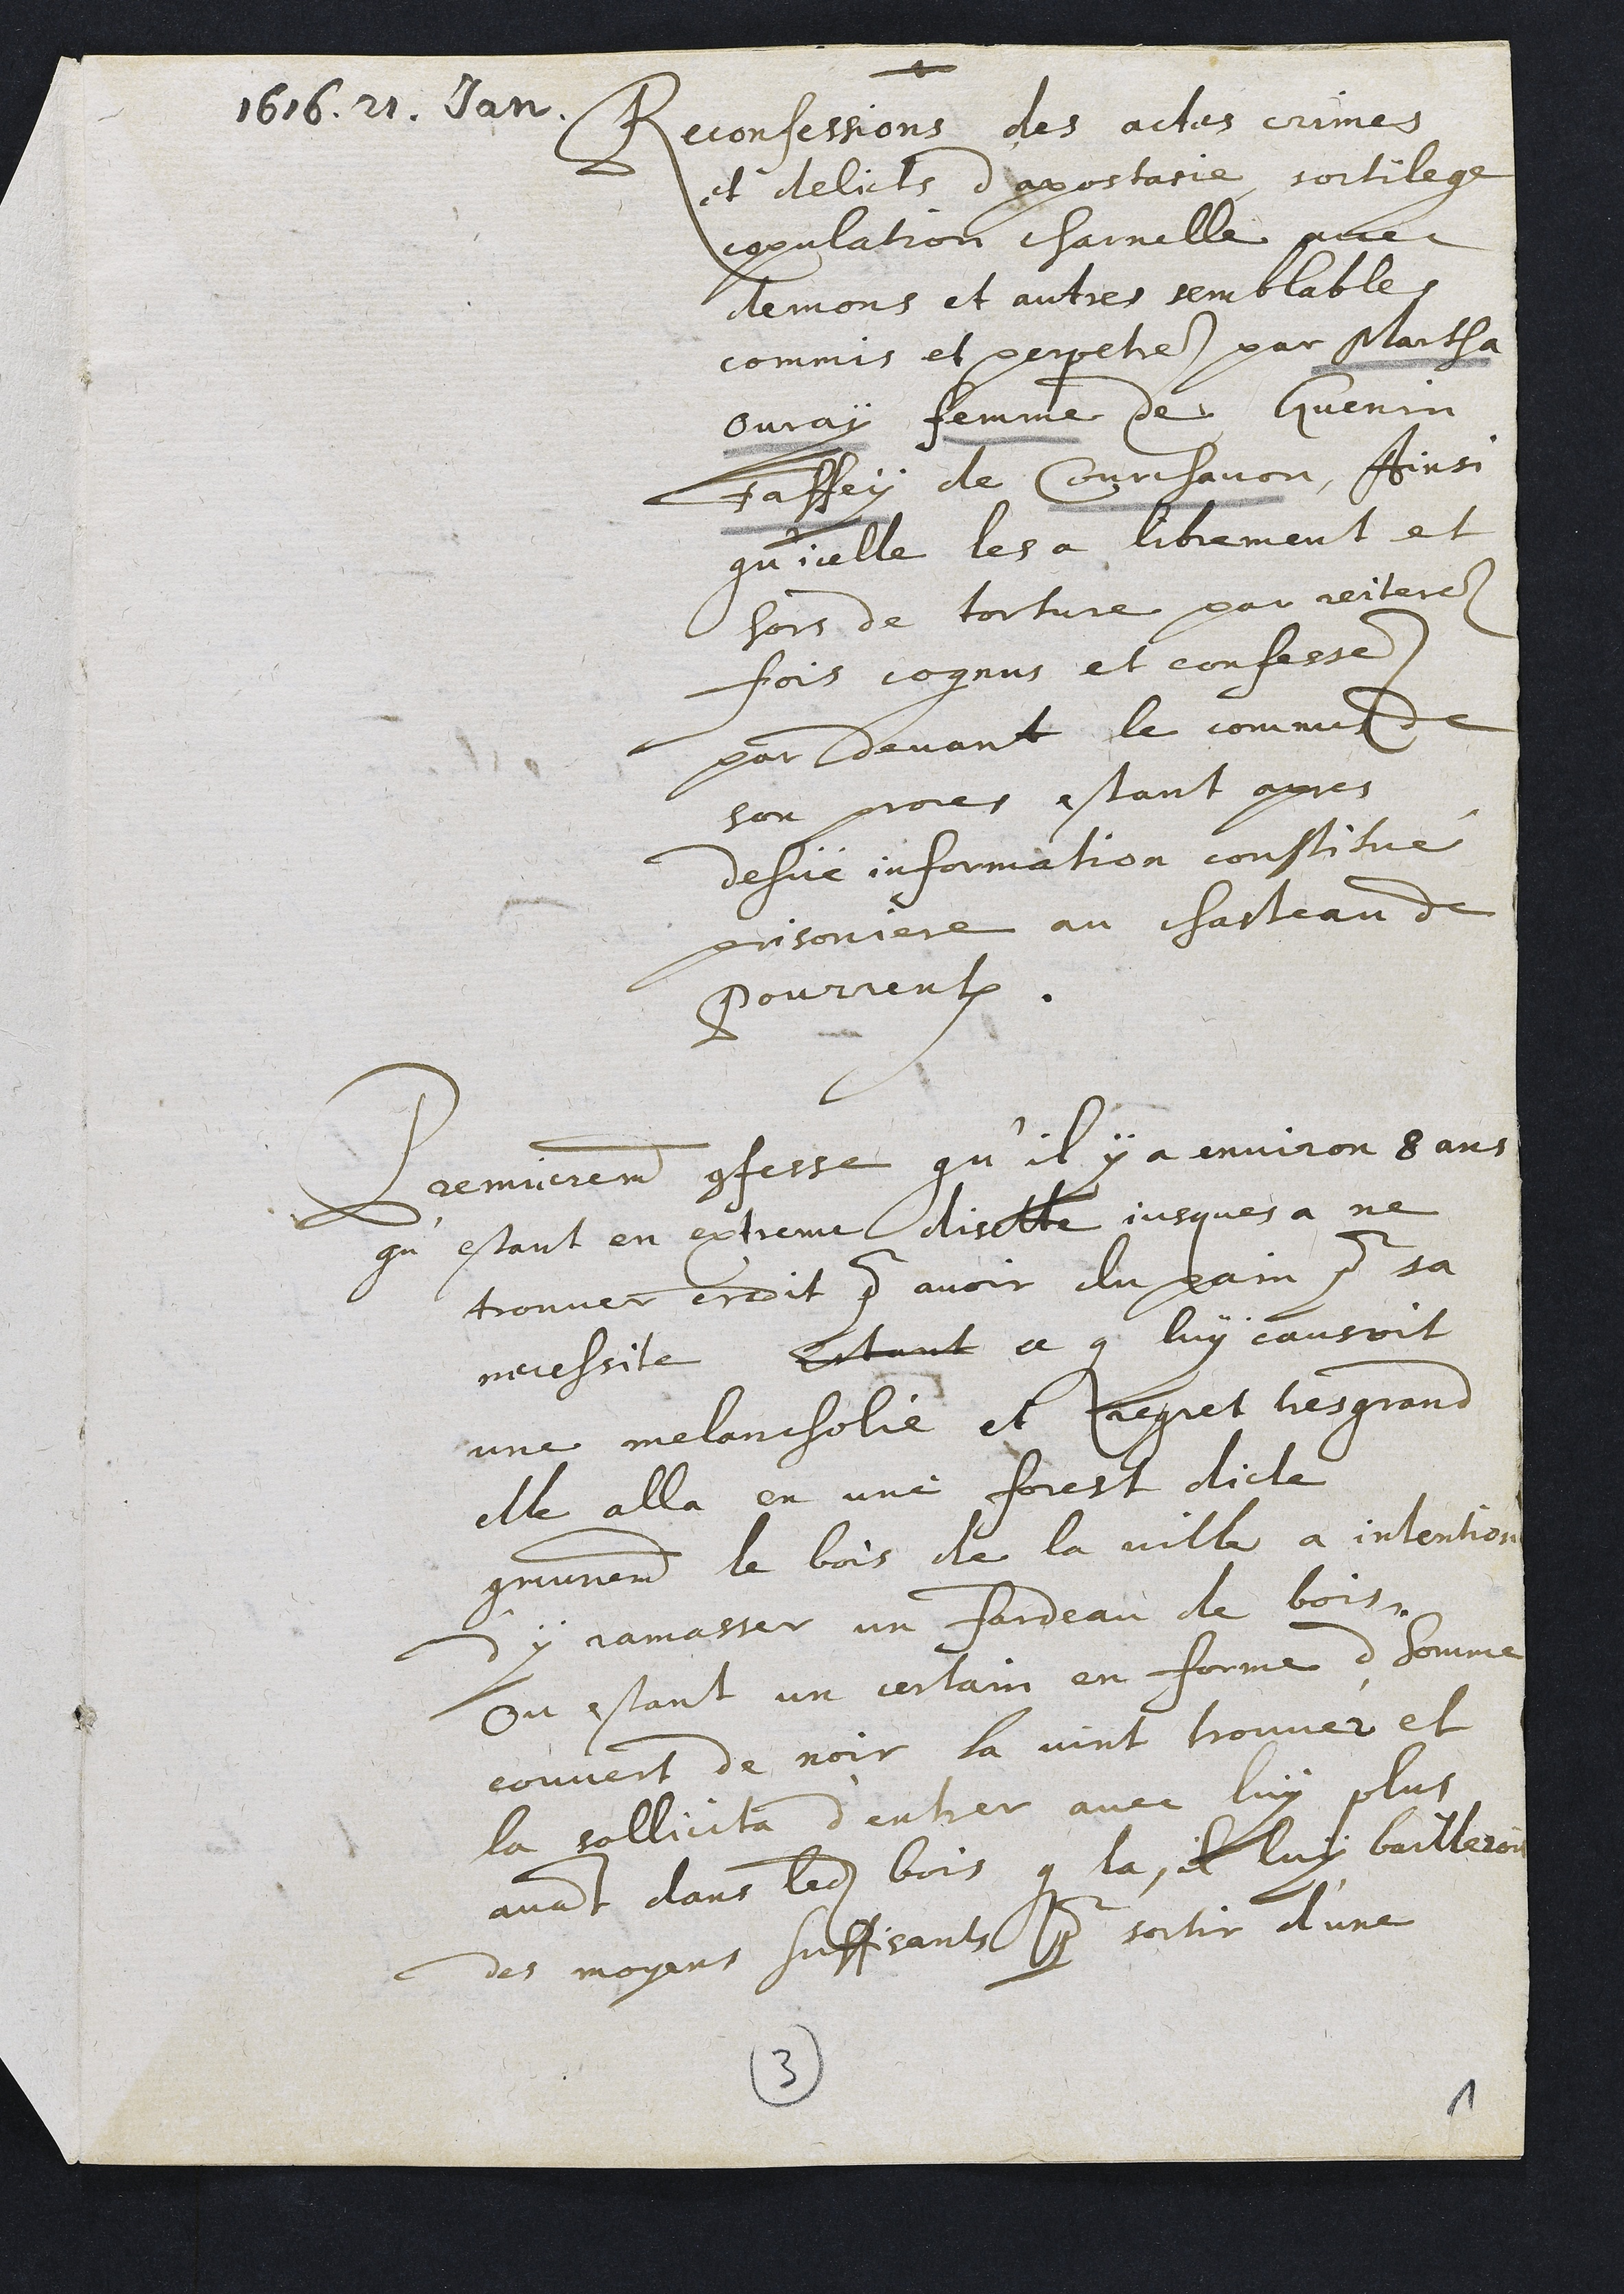
1616. 21. lan
Reconfessions des actes crimes
et delicts dapostatie sortileg
opulation charnelle pee
demons et autres semblables
commis et perpetres par Martha
buray femme de Quenin
Faffey de Curchavon, Ainsi
qu'icelle les a librement et
hors de torture par reiteres
fois cognus et confesse.
par devant le comme
hon proces estant apres
desue information constitue
prisoniere au chasteau d'
Pourrentxuy.
Bremuerement cfesse qu'il y a environ 5 ans
qu'estant en extreme diselte jusques a ne
trouver eroit pour avoir du pain pour sa
necessite Estant ce que luy causoit
une melancholié et aegiet tresgrans
elle alla en une forest dicte
communement le bois de la ville a intention
y jamasser un fardeau de boise
Ou estant un certain en forme d'homme
couvert de noir la vint trouver et
la sollicita d'entrer avec luy plus
avant dans ladite bois que la e luy baillero
des moyens suffisants pour sortir d'une